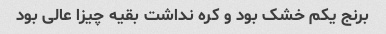
برنج یکم خشک بود و کره نداشت بقیه چیزا عالی بود